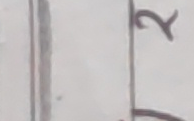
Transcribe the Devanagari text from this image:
र